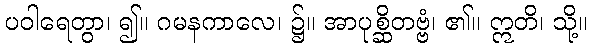
ပဝါရေတွာ၊ ၍။ ဂမနကာလေ၊ ၌။ အာပုစ္ဆိတဗ္ဗံ၊ ၏။ ဣတိ၊ သို့။